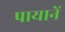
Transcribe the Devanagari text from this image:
पायानें